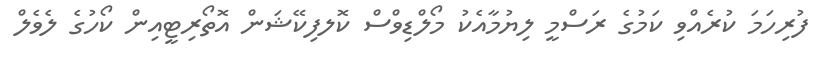
ފުރިހަމަ ކުރެއްވި ކަމުގެ ރަސްމީ ލިޔުމާއެކު މޯލްޑިވްސް ކޮލފިކޭޝަން އޮތޯރިޓީއިން ކޯހުގެ ލެވެލް